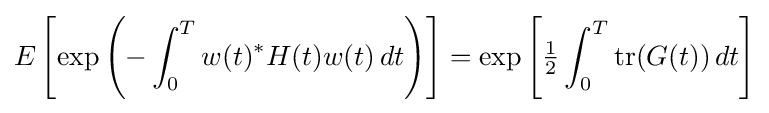
E\left[\exp \left(-\int _{0}^{T}w(t)^{*}H(t)w(t)\,dt\right)\right]=\exp \left[{\tfrac {1}{2}}\int _{0}^{T}\operatorname {tr} (G(t))\,dt\right]